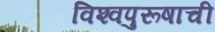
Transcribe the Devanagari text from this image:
विश्‍वपुरूषाची